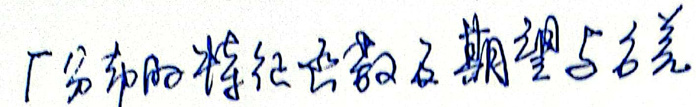
$\Gamma$分布的特征函数及期望与方差